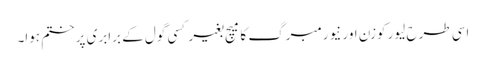
اسی طرح لیور کوزن اور نیورمبرگ کا میچ بغیر کسی گول کے برابری پر ختم ہوا۔